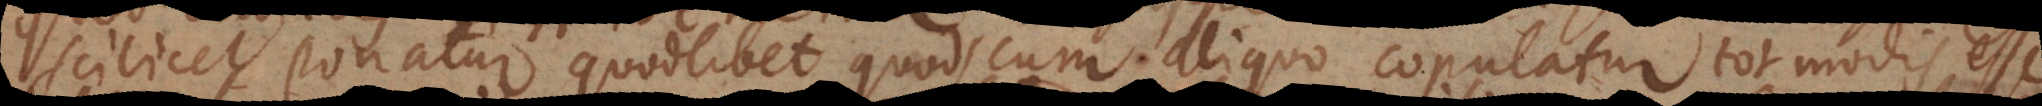
scilicet ponatur quodlibet quod cum aliquo copulatur tot modis esse